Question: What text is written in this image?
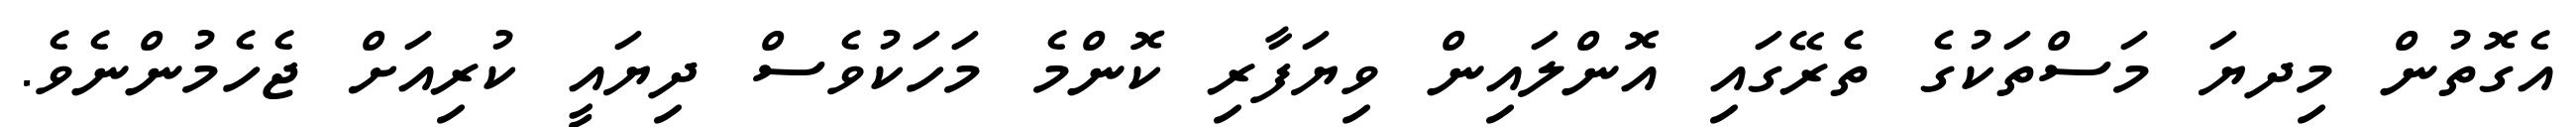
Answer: އެގޮތުން މިދޔަ މަސްތަކުގެ ތެރޭގައި އޮންލައިން ވިޔަފާރި ކޮންމެ މަހަކުވެސް ދިޔައީ ކުރިއަށް ޖެހެމުންނެވެ.